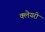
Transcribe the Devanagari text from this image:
क्लेयरी